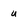
Character: u